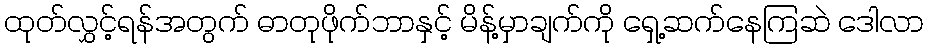
ထုတ်လွှင့်ရန်အတွက် ဓာတုဖိုက်ဘာနှင့် မိန့်မှာချက်ကို ရှေ့ဆက်နေကြဆဲ ဒေါလာ